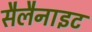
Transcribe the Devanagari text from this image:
सैलैनाइट